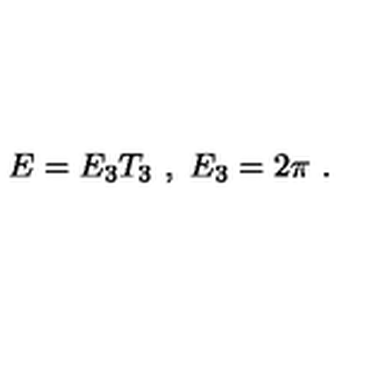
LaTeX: E = E _ { 3 } T _ { 3 } \ , \ E _ { 3 } = 2 \pi \ .